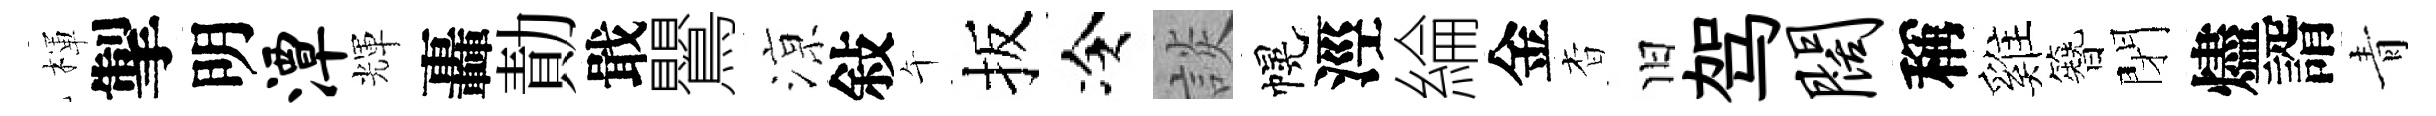
楎掣明潭輝轟勣戢鸎鿌敍午扳冷談幌涇綸金杳旧驾阔稱雞簪閉燼諝青